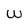
Character: w